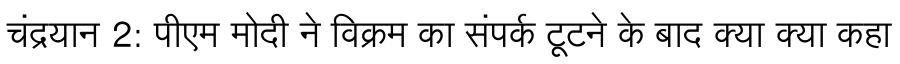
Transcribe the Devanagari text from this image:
चंद्रयान 2: पीएम मोदी ने विक्रम का संपर्क टूटने के बाद क्या क्या कहा